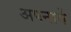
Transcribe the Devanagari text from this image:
अपनायें